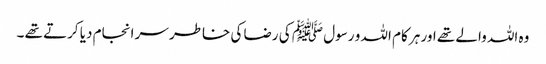
وہ اللہ والے تھے اور ہر کام اللہ و رسول ﷺ کی رضا کی خاطر سر انجام دیا کرتے تھے ۔